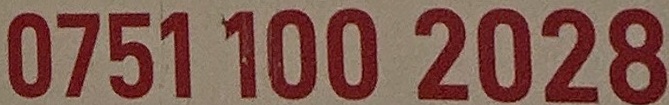
0751 100 2028